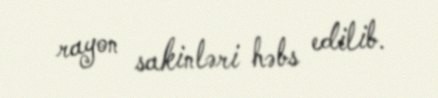
rayon sakinləri həbs edilib.